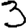
Digit: 3